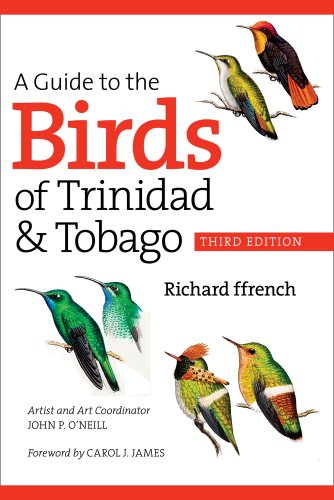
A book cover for A Guide to the Birds of Trinidad and Tobago; Richard ffrench; Science & Math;